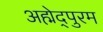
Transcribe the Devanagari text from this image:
अह्मेद्पुरम